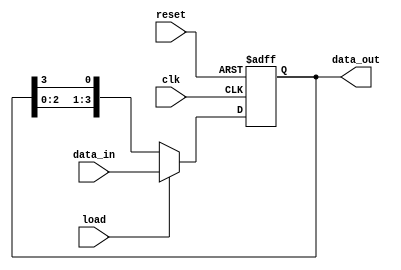
module my_mod1(data_out, data_in, load, clk, reset);
output reg [3:0] data_out;
input clk, load, reset;
input[3:0] data_in;

always@(posedge clk, posedge reset)
begin
if(reset == 1'b1)
data_out <= 4'b0;
else if(load == 1'b1)
data_out<=data_in;
else data_out<= {data_out[2:0], data_out[3]};
end
endmodule